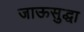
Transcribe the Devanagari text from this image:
जाऊसुद्धा